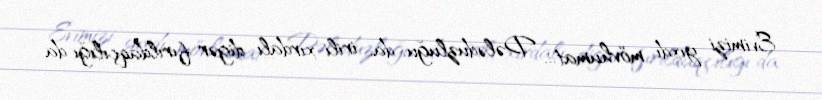
Evimizi yıxdı mövhumat... Dələduzluğu da, irili-xırdalı digər fırıldaqçılığı da